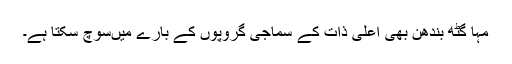
مہا گٹھ بندھن بھی اعلیٰ ذات کے سماجی گروپوں کے بارے میںسوچ سکتا ہے۔